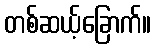
တစ်ဆယ့်ခြောက်။